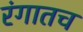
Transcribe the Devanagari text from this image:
रंगातच